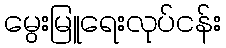
မွေးမြူရေးလုပ်ငန်း